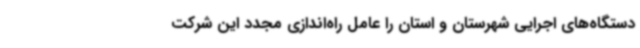
دستگاه‌های اجرایی شهرستان و استان را عامل راه‌اندازی مجدد این شرکت